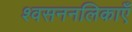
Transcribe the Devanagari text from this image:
श्वसननलिकाएँ